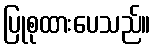
ပြုစုထားပေသည်။